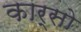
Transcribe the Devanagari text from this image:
कार्सो